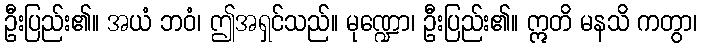
ဦးပြည်း၏။ အယံ ဘဝံ၊ ဤအရှင်သည်။ မုဏ္ဍော၊ ဦးပြည်း၏။ ဣတိ မနသိ ကတွာ၊